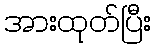
အားထုတ်ပြီး